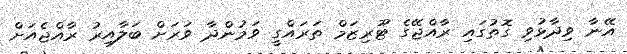
އޭނާ ވިދާޅުވި ގޮތުގައި ރާއްޖޭގެ ޓޫރިޒަމް ތަރައްގީ ވަމުންދާ ވަރަށް ބަލާއިރު ރާއްޖެއަށް